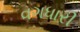
વગધારી